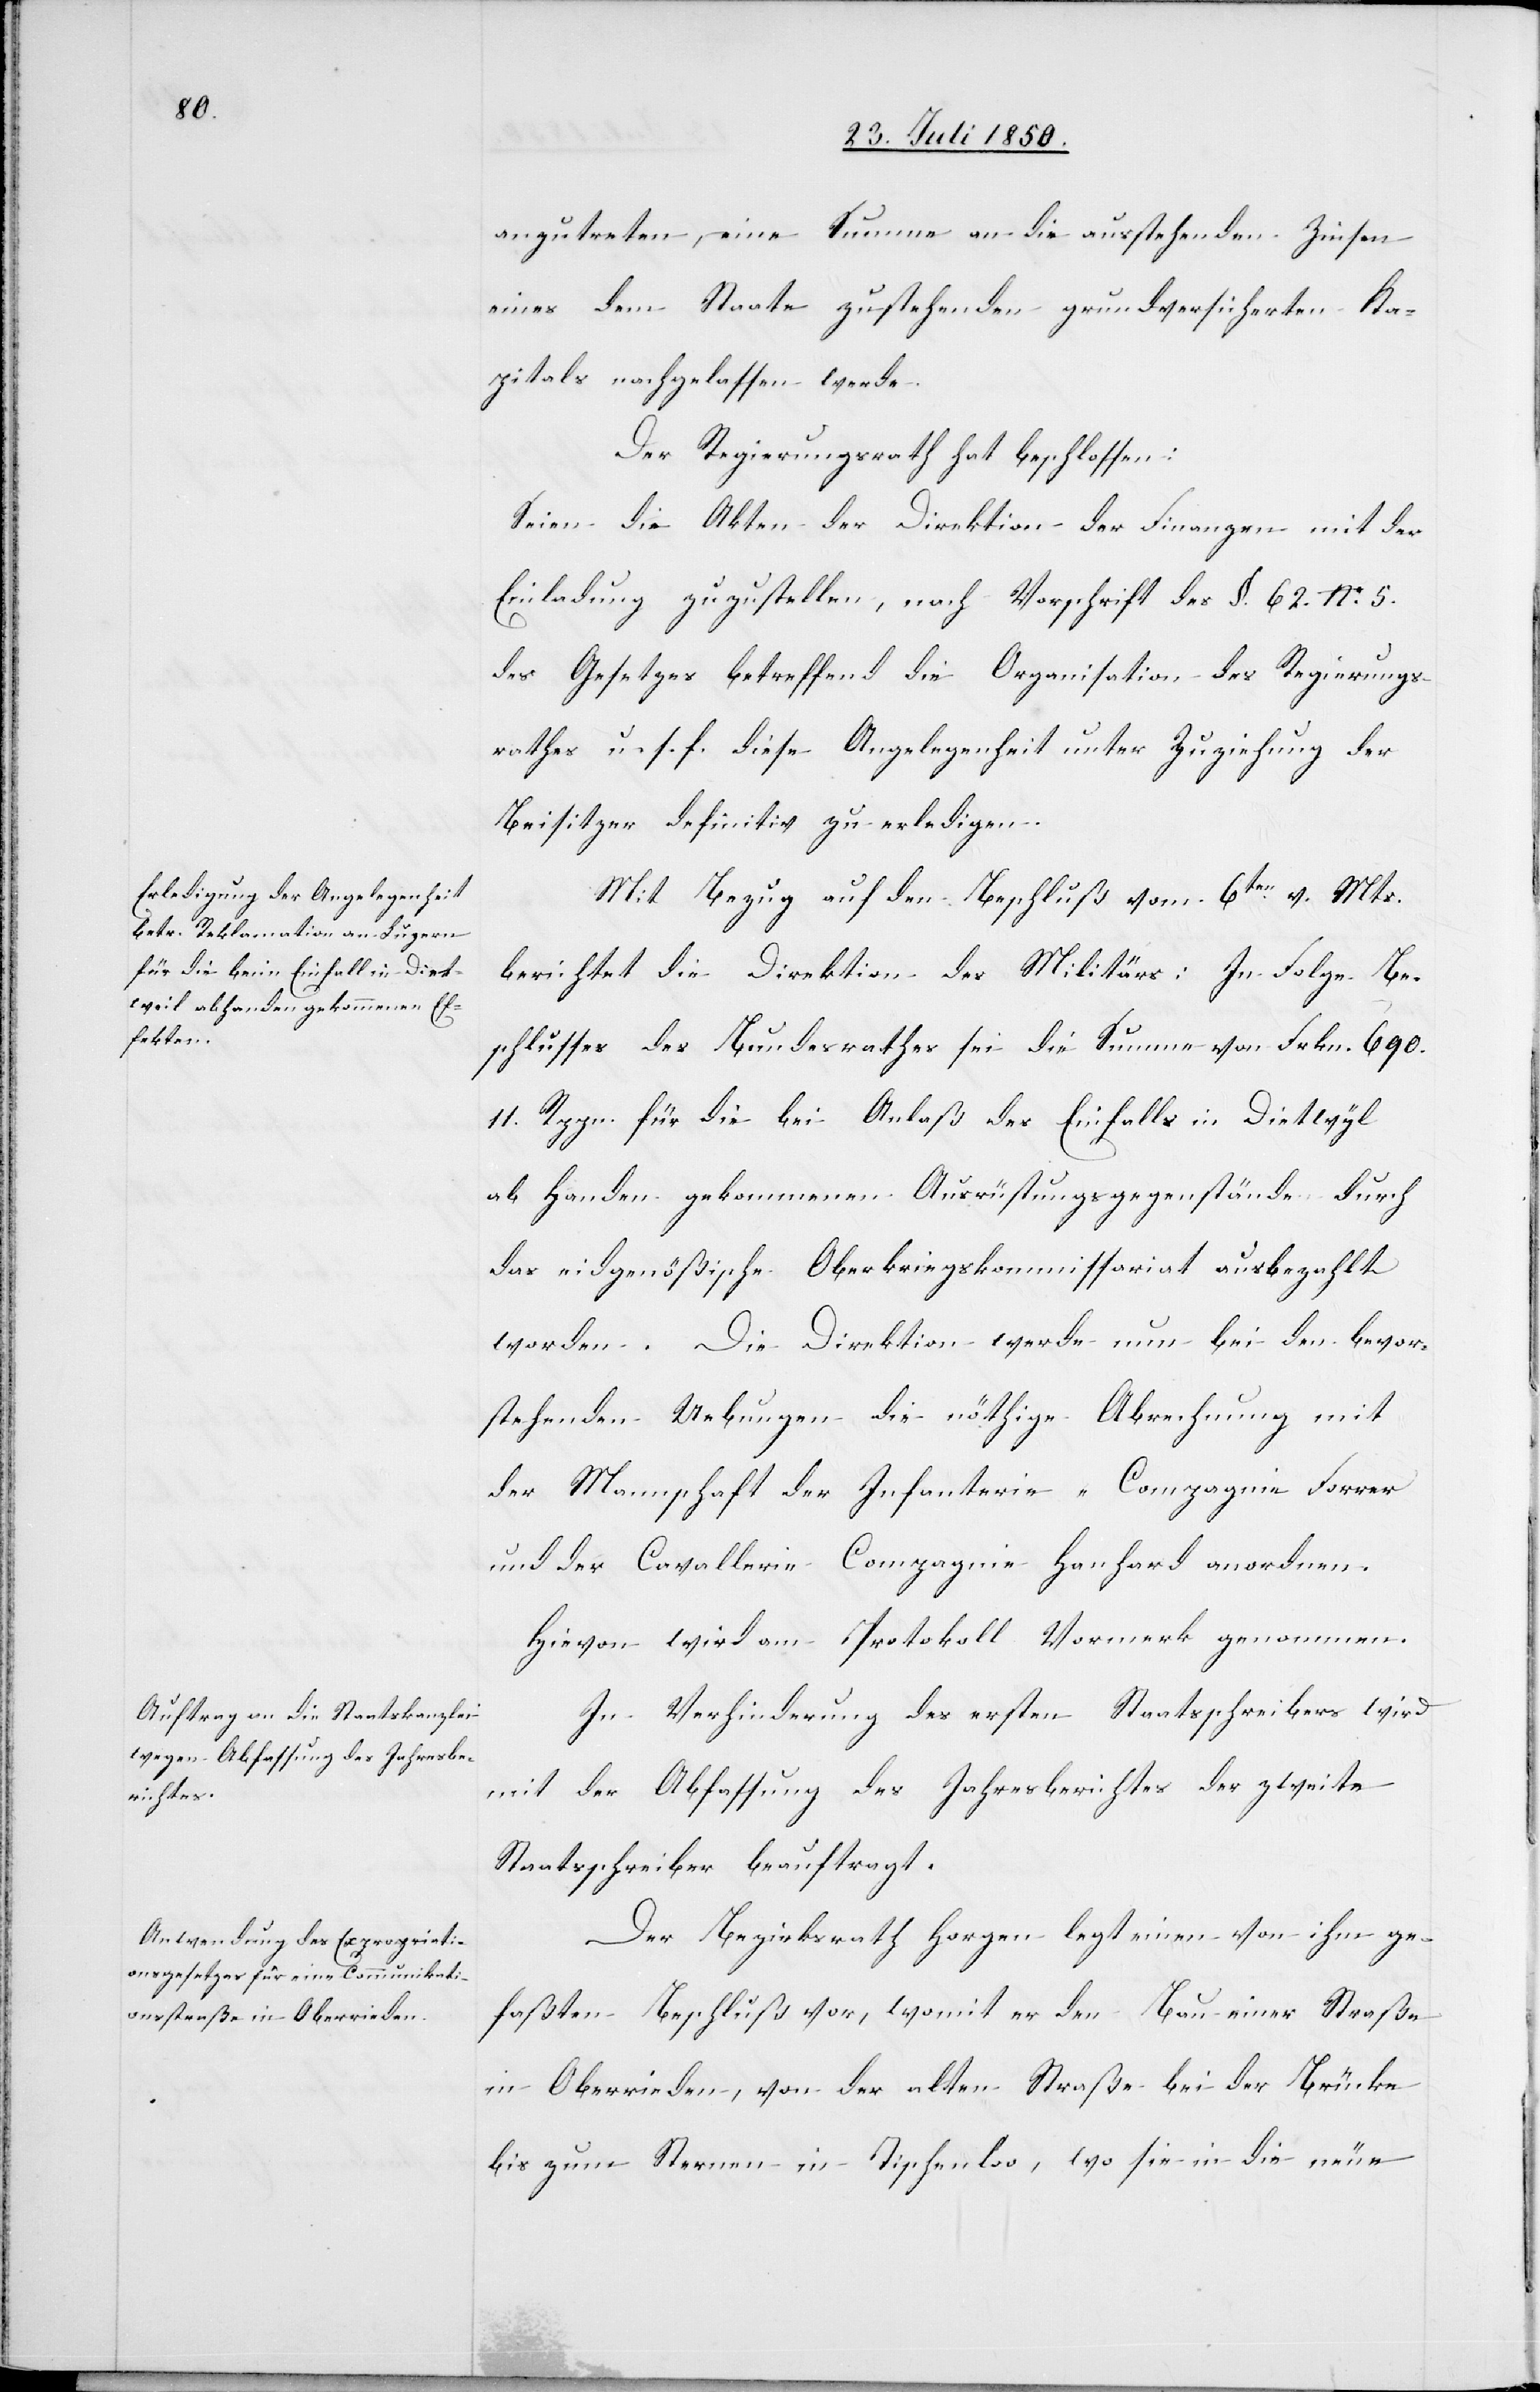
anzutreten, eine Summe an die ausstehenden Zinsen
eines dem Staate zustehenden grundversicherten Ka¬
pitals nachgelassen werde.
Der Regierungsrath hat beschlossen:
Seien die Akten der Direktion der Finanzen mit der
Einladung zuzustellen, nach Vorschrift des §. 62. No. 5.
des Gesetzes betreffend die Organisation des Regierungs¬
rathes u. s. f. diese Angelegenheit unter Zuziehung der
Beisitzer definitiv zu erledigen.
Mit Bezug auf den Beschluß vom 6ten v. Mts.
berichtet die Direktion des Militärs: In Folge Be¬
schlusses des Bundesrathes sei die Summe von Frkn. 690.
11. Rppn. für die bei Anlaß des Einfalls in Dietwyl
ab Handen gekommenen Ausrüstungsgegenstände durch
das eidgenößische Oberkriegskommissariat ausbezahlt
worden. Die Direktion werde nun bei den bevor¬
stehenden Uebungen die nöthige Abrechnung mit
der Mannschaft der Infanterie-Compagnie Forrer
und der Cavallerie Compagnie Hanhard anordnen.
Hievon wird am Protokoll Vormerk genommen.
In Verhinderung des ersten Staatsschreibers wird
mit der Abfassung des Jahresberichtes der zweite
Staatsschreiber beauftragt.
Der Bezirksrath Horgen legt einen von ihm ge¬
faßten Beschluß vor, womit er den Bau einer Straße
in Oberrieden, von der alten Straße bei der Brücke
bis zum Sternen in Tischenloo, wo sie in die neue